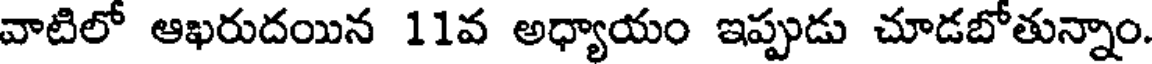
వాటిలో ఆఖరుదయిన 11వ అధ్యాయం ఇప్పుడు చూడబోతున్నాం.